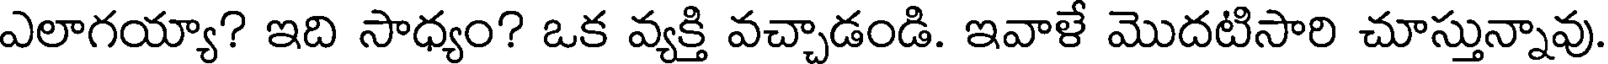
ఎలాగయ్యా? ఇది సాధ్యం? ఒక వ్యక్తి వచ్చాడండి. ఇవాళే మొదటిసారి చూస్తున్నావు